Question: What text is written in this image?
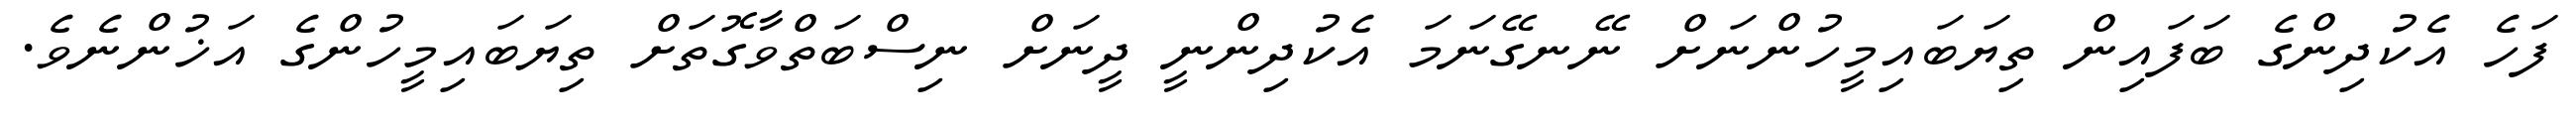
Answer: ފަހެ އެކުދިންގެ ބަފައިން ތިޔަބައިމީހުންނަށް ނޭނގޭނަމަ އެކުދިންނީ ދީނަށް ނިސްބަތްވާގޮތަށް ތިޔަބައިމީހުންގެ އަޚުންނެވެ.